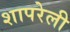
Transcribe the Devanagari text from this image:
शापरेली